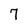
Character: 7